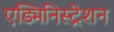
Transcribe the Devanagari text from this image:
एड्मिनिस्ट्रेशन